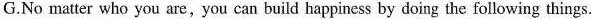
G.No matter who you are,you can build happiness by doing the following things.